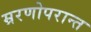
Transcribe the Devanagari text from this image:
म्ररणोपरान्त